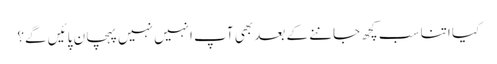
کیا اتنا سب کچھ جاننے کے بعد بھی آپ انہیں نہیں پہچان پائیں گے؟